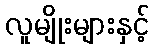
လူမျိုးများနှင့်